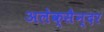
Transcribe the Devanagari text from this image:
अलेक्सैन्दर